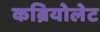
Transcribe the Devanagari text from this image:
कब्रियोलेट